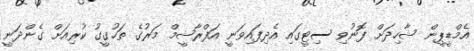
އެމްޑީޕީން ޝާހިދަށް ފޮނުވި ސިޓީގައި އެދިފައިވަނީ އަފްރާޝީމް މަރުގެ ތަހުގީގު ކުރިއަށް ގެންދަނީ